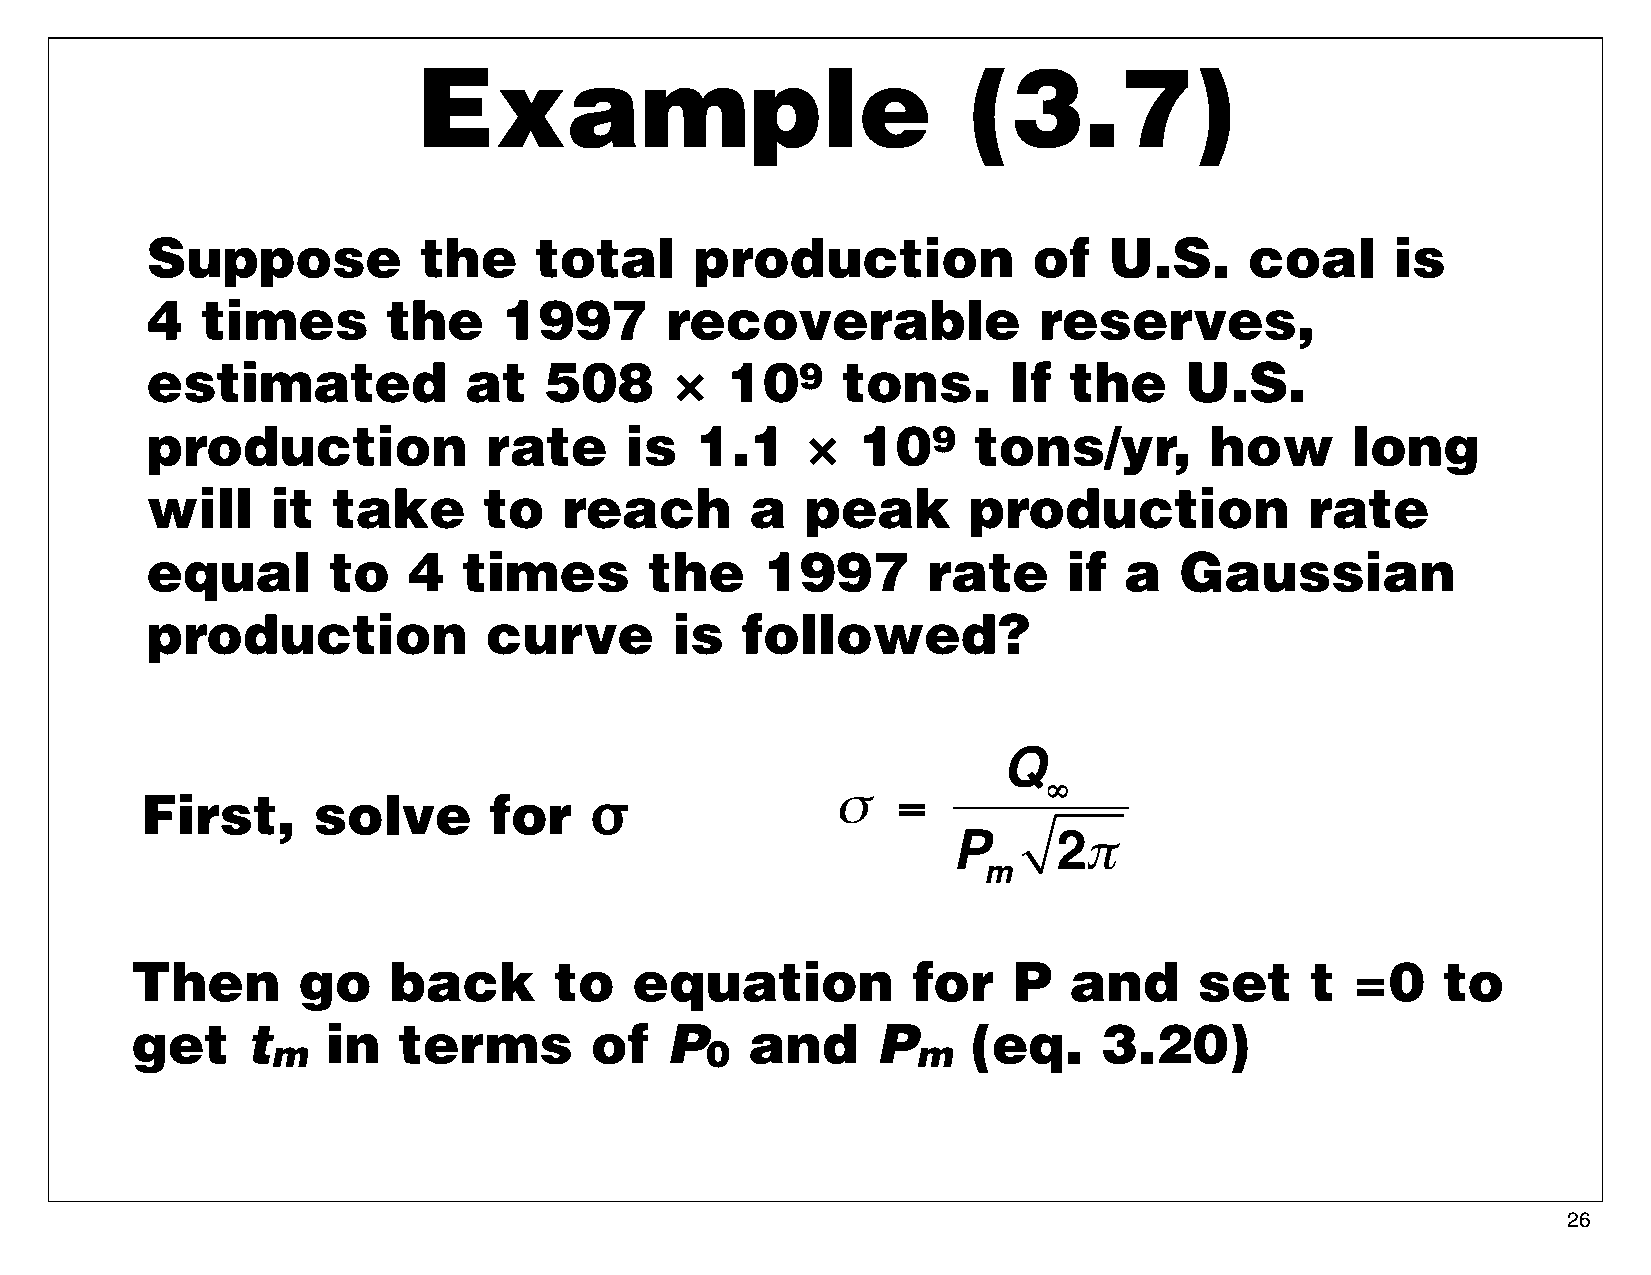
Example                              (3.7)
 Suppose           the    total      production            of   U.S.      coal     is
 4  times        the    1997       recoverable              reserves,
 estimated            at   508     ×   109     tons.      If  the    U.S.
 production            rate     is   1.1    ×   109    tons/yr,        how      long
 will    it  take      to   reach        a  peak       production             rate
 equal       to   4   times       the    1997       rate      if a   Gaussian
 production            curve       is   followed?
 Q
 First,      solve      for    σ               σ   =         ∞
 P      2π
 m
 Then       go    back       to   equation          for    P   and     set     t =0    to
 get    t     in  terms        of   P     and     P     (eq.     3.20)
 m                            0             m
 26